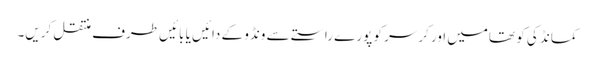
کمانڈ کی کو تھامیں اور کرسر کو پورے راستے سے ونڈو کے دائیں یا بائیں طرف منتقل کریں۔